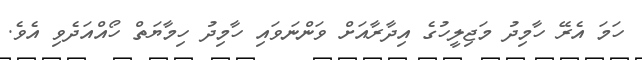
ހަމަ އެރޭ ހާމިދު މަޖިލީހުގެ އިދާރާއަށް ވަންނަވައި ހާމިދު ހިމާޔަތް ހޯއްއަދެވި އެވެ.